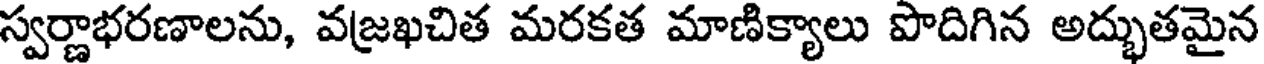
స్వర్ణాభరణాలను, వజ్రఖచిత మరకత మాణిక్యాలు పొదిగిన అద్భుతమైన